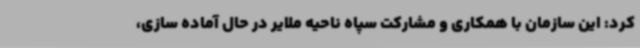
کرد: این سازمان با همکاری و مشارکت سپاه ناحیه ملایر در حال آماده سازی،